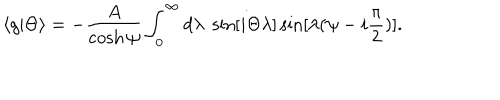
LaTeX: \langle g | \Theta \rangle = - \frac { A } { \cosh \psi } \int _ { 0 } ^ { \infty } d \lambda \; \sin [ i \Theta \lambda ] \sin [ \lambda ( \psi - i { \frac { \pi } { 2 } } ) ] .